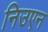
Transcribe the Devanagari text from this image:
निउएन